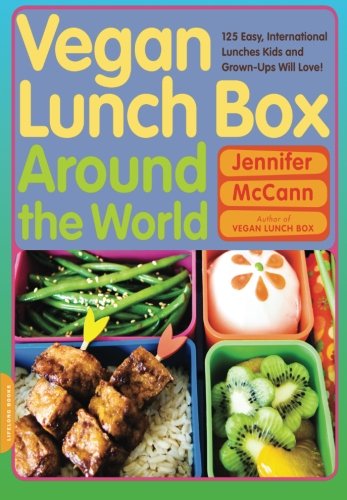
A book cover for Vegan Lunch Box Around the World: 125 Easy, International Lunches Kids and Grown-Ups Will Love!; Jennifer McCann; Cookbooks, Food & Wine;